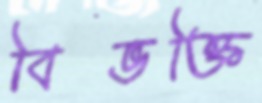
বিভক্তি